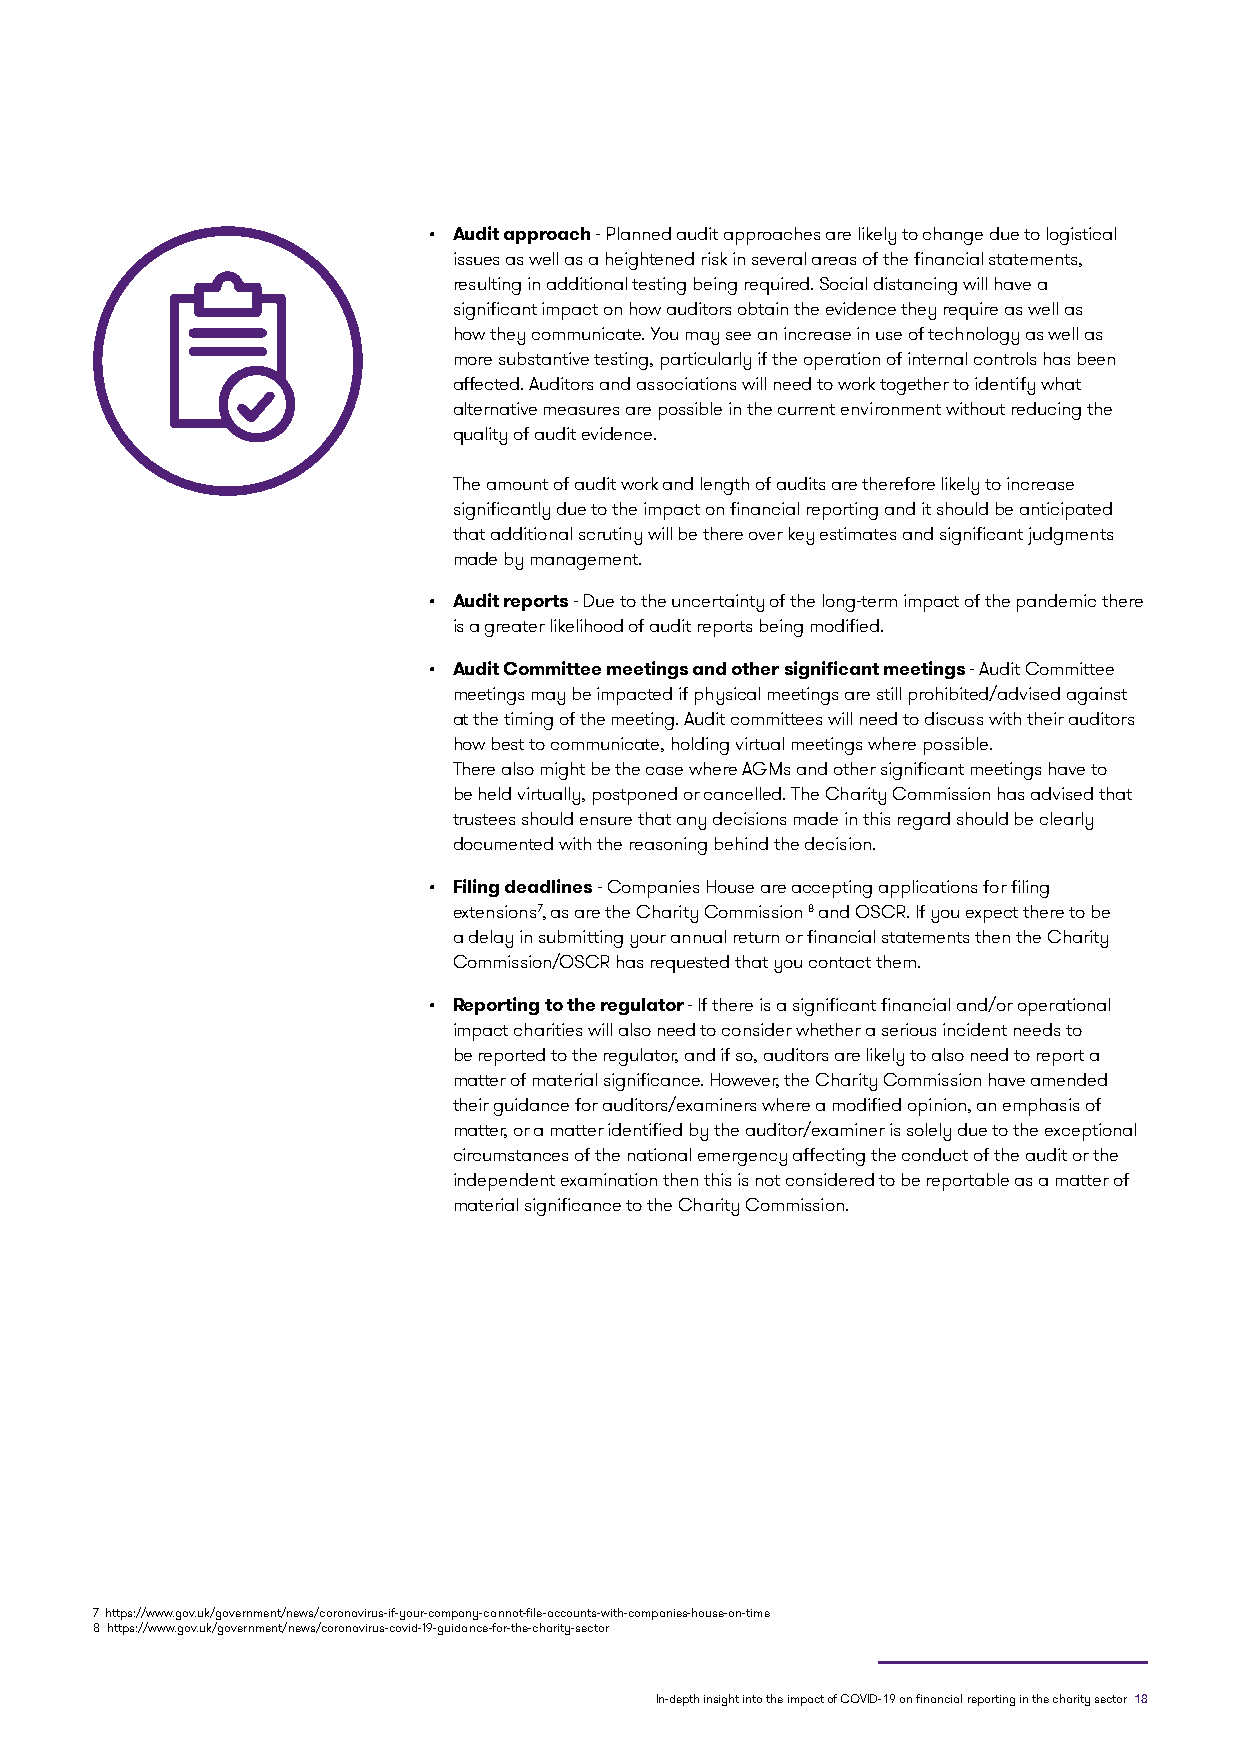
• Audit approach - Planned audit approaches are likely to change due to logistical
 issues as well as a heightened risk in several areas of the financial statements,
 resulting in additional testing being required. Social distancing will have a
 significant impact on how auditors obtain the evidence they require as well as
 how they communicate. You may see an increase in use of technology as well as
 more substantive testing, particularly if the operation of internal controls has been
 affected. Auditors and associations will need to work together to identify what
 alternative measures are possible in the current environment without reducing the
 quality of audit evidence.
 The amount of audit work and length of audits are therefore likely to increase
 significantly due to the impact on financial reporting and it should be anticipated
 that additional scrutiny will be there over key estimates and significant judgments
 made by management.
 • Audit reports - Due to the uncertainty of the long-term impact of the pandemic there
 is a greater likelihood of audit reports being modified.
 • Audit Committee meetings and other significant meetings - Audit Committee
 meetings may be impacted if physical meetings are still prohibited/advised against
 at the timing of the meeting. Audit committees will need to discuss with their auditors
 how best to communicate, holding virtual meetings where possible.
 There also might be the case where AGMs and other significant meetings have to
 be held virtually, postponed or cancelled. The Charity Commission has advised that
 trustees should ensure that any decisions made in this regard should be clearly
 documented with the reasoning behind the decision.
 • Filing deadlines - Companies House are accepting applications for filing
 extensions7, as are the Charity Commission 8 and OSCR. If you expect there to be
 a delay in submitting your annual return or financial statements then the Charity
 Commission/OSCR has requested that you contact them.
 • Reporting to the regulator - If there is a significant financial and/or operational
 impact charities will also need to consider whether a serious incident needs to
 be reported to the regulator, and if so, auditors are likely to also need to report a
 matter of material significance. However, the Charity Commission have amended
 their guidance for auditors/examiners where a modified opinion, an emphasis of
 matter, or a matter identified by the auditor/examiner is solely due to the exceptional
 circumstances of the national emergency affecting the conduct of the audit or the
 independent examination then this is not considered to be reportable as a matter of
 material significance to the Charity Commission.
 7 https://www.gov.uk/government/news/coronavirus-if-your-company-cannot-file-accounts-with-companies-house-on-time
 8 https://www.gov.uk/government/news/coronavirus-covid-19-guidance-for-the-charity-sector
 In-depth insight into the impact of COVID-19 on financial reporting in the charity sector 18